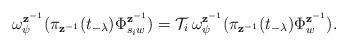
LaTeX: \begin{align*} \omega_{\psi}^{\mathbf{z}^{-1}}(\pi_{\mathbf{z}^{-1}}(t_{-\lambda})\Phi_{s_iw}^{\mathbf{z}^{-1}})= \mathcal{T}_i\,\omega_{\psi}^{\mathbf{z}^{-1}}(\pi_{\mathbf{z}^{-1}}(t_{-\lambda})\Phi_{w}^{\mathbf{z}^{-1}}). \end{align*}